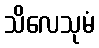
သိလေသုမံ